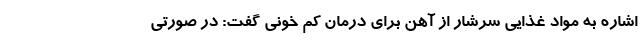
اشاره به مواد غذایی سرشار از آهن برای درمان کم‌ خونی گفت: در صورتی